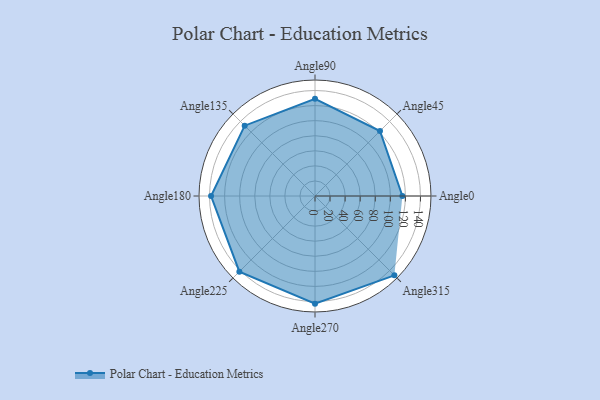
{"axis": {"x": "Angle", "y": "Radius"}, "legend": [""], "data": [{"x": "Angle0", "y": 116.0, "type": ""}, {"x": "Angle45", "y": 122.0, "type": ""}, {"x": "Angle90", "y": 129.0, "type": ""}, {"x": "Angle135", "y": 132.0, "type": ""}, {"x": "Angle180", "y": 138.0, "type": ""}, {"x": "Angle225", "y": 142.0, "type": ""}, {"x": "Angle270", "y": 143.0, "type": ""}, {"x": "Angle315", "y": 149.0, "type": ""}]}